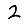
Digit: 2